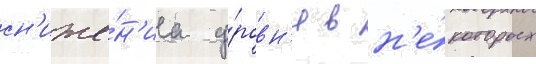
сн'иже́н'иа у́ровн'я в н'е́которых